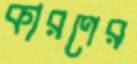
কারণের